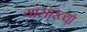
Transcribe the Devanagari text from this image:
यासाख्या